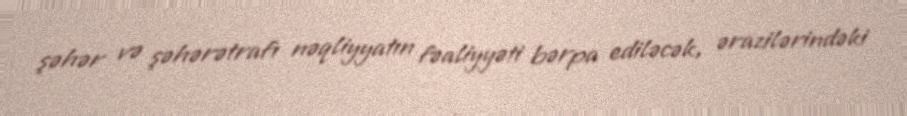
şəhər və şəhərətrafı nəqliyyatın fəaliyyəti bərpa ediləcək, ərazilərindəki